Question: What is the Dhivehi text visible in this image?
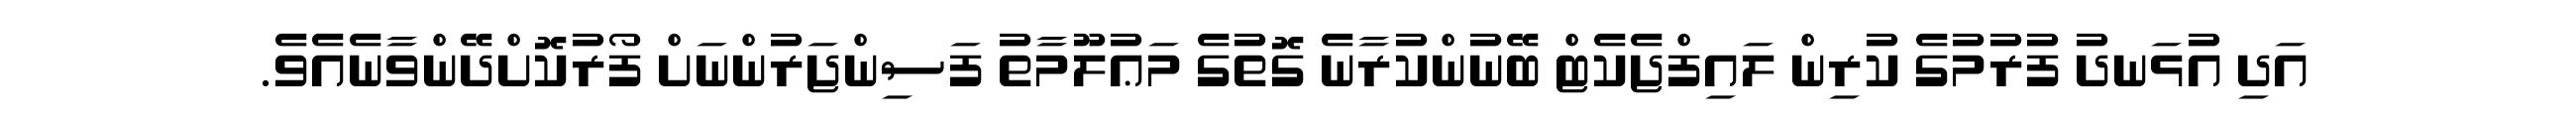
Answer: އަދި އުޅަނދު ފުރުމުގެ ކުރިން ލައިފްޖެކެޓް ބޭނުންކުރާނެ ގޮތުގެ މަޢުލޫމާތު ފަސިންޖަރުންނަށް ފޯރުކޮށްދޭންވާނެއެވެ.